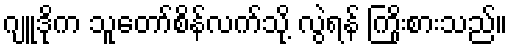
ဂျူဒိုက သူတော်စိန်လက်သို့ လွဲရန် ကြိုးစားသည်။